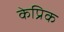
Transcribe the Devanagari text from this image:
केप्रिक